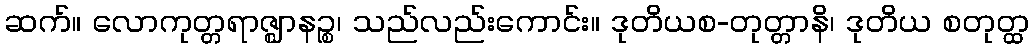
ဆက်။ လောကုတ္တရာဇ္ဈာနဉ္စ၊ သည်လည်းကောင်း။ ဒုတိယစ-တုတ္တာနိ၊ ဒုတိယ စတုတ္ထ